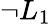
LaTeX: \neg L_{1}